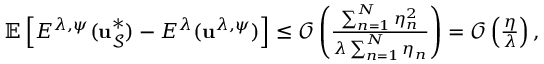
\begin{array} { r } { \mathbb { E } \left[ E ^ { \lambda , \psi } ( { \bf u } _ { \mathcal { S } } ^ { * } ) - E ^ { \lambda } ( { \bf u } ^ { \lambda , \psi } ) \right] \leq \mathcal { O } \left( \frac { \sum _ { n = 1 } ^ { N } \eta _ { n } ^ { 2 } } { \lambda \sum _ { n = 1 } ^ { N } \eta _ { n } } \right) = \mathcal { O } \left( \frac { \eta } { \lambda } \right) , } \end{array}